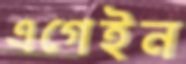
এগেইন